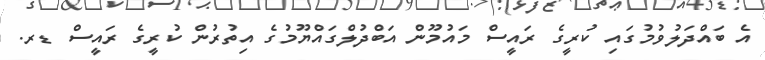
އެ ބައްދަލުވުމުގައި ކުރީގެ ރައީސް މައުމޫން އަބްދުލްގައްޔޫމުގެ އިތުރުން ކުރީގެ ރައީސް ޑރ.